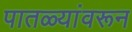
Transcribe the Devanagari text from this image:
पातळ्यांवरून